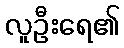
လူဦးရေ၏